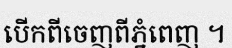
បើកពីចេញពីភ្នំពេញ ។